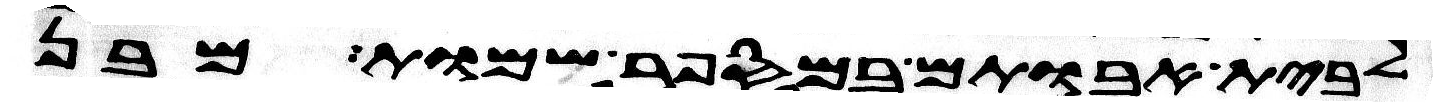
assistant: לבית אבותם במספר שמות מבן